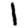
Digit: 1